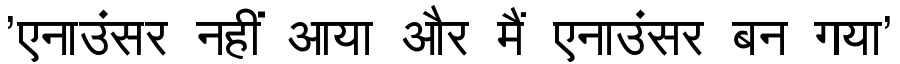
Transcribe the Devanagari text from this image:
'एनाउंसर नहीं आया और मैं एनाउंसर बन गया'